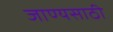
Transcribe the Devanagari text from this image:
जाण्यसाठी